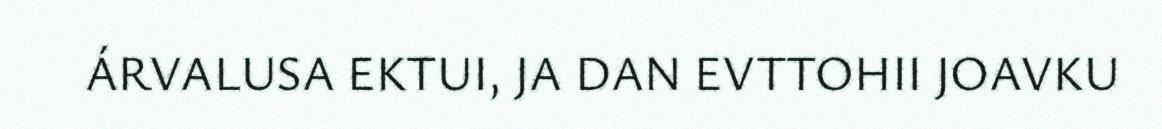
ÁRVALUSA EKTUI, JA DAN EVTTOHII JOAVKU